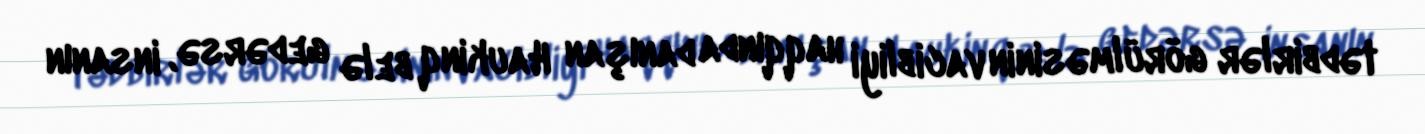
tədbirlər görülməsinin vacibliyi haqqında danışan Haukinq belə gedərsə, insanın